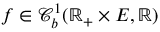
f \in \mathcal { C } _ { b } ^ { 1 } ( \mathbb { R } _ { + } \times E , \mathbb { R } )